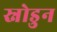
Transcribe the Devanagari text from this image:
स्नोडुन